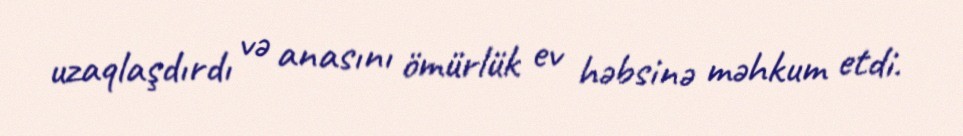
uzaqlaşdırdı və anasını ömürlük ev həbsinə məhkum etdi.